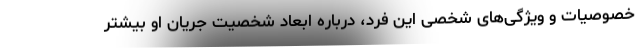
خصوصیات و ویژگی‌های شخصی این فرد، درباره ابعاد شخصیت جریان او بیشتر